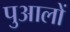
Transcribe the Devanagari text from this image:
पुआलों